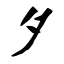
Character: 夕